Scientific memoirs by medical officers of the Army of India - Part XII,
Year: 1901
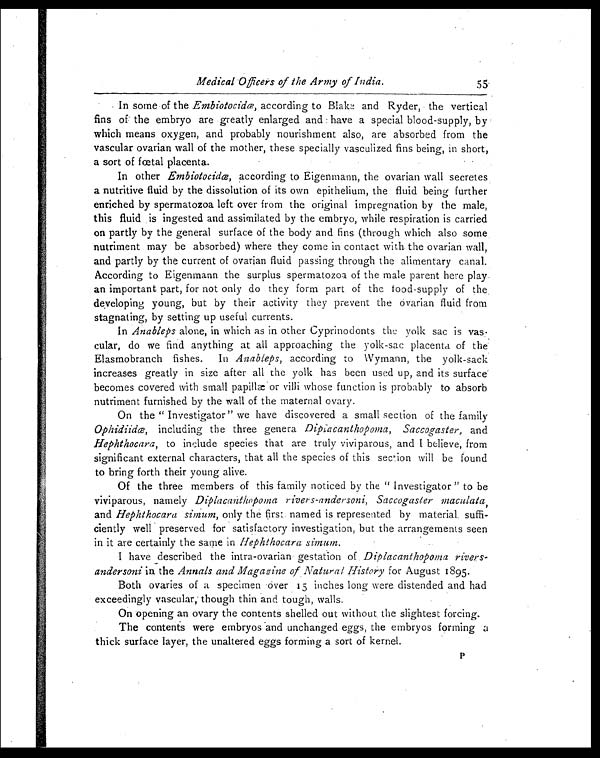
Medical Officers of the Army of India.
55
In some of the Embiotocidœ, according to Blake and Ryder, the vertical
fins of the embryo are greatly enlarged and have a special blood-supply, by
which means oxygen, and probably nourishment also, are absorbed from the
vascular ovarian wall of the mother, these specially vasculized fins being, in short,
a sort of fœtal placenta.
In other Embiotocidœ, according to Eigenmann, the ovarian wall -secretes
a nutritive fluid by the dissolution of its own epithelium, the fluid being further
enriched by spermatozoa left over from the original impregnation by the male,
this fluid is ingested and assimilated by the embryo, while respiration is carried
on partly by the general surface of the body and fins (through which also some
nutriment may be absorbed) where they come in contact with the ovarian wall,
and partly by the current of ovarian fluid passing through the alimentary canal.
According to Eigenmann the surplus spermatozoa of the male parent here play
an important part, for not only do they form part of the food-supply of the
developing young, but by their activity they prevent the ovarian fluid from
stagnating, by setting up useful currents.
In Anableps alone, in which as in other Cyprinodonts the yolk sac is vas
-cular, do we find anything at all approaching the yolk-sac placenta of the
Elasmobranch fishes. In Anableps, according to Wymann, the yolk-sack
increases greatly in size after all the yolk has been used up, and its surface
becomes covered with small papillæ or villi whose function is probably to absorb
nutriment furnished by the wall of the maternal ovary.
On the " Investigator" we have discovered a small section of the family
Ophidiidœ, including the three genera Dipiacanthopoma, Saccogaster, and
Hephthocara, to include species that are truly viviparous, and I believe, from
significant external characters, that all the species of this section will be found
to bring forth their young alive.
Of the three members of this family noticed by the " Investigator " to be
viviparous, namely Diplacanthopoma rivers-andersoni, Saccogaster maculata,
and Hephthocara simum, only the first named is represented by material suffi-
ciently well preserved for satisfactory investigation, but the arrangements seen
in it are certainly the same in Hephthocara simum.
I have described the intra-ovarian gestation of Diplacanthopoma
r i v e r s -
a n d e r s o n i ,
i n t h e
A n n a l s a n d M a g a z i n e o f N a t u r a l H i s t o r yf
o r A u g u s t 1 8 9 5 .
Both ovaries of a specimen over 15 inches long were distended and had
exceedingly vascular, though thin and tough, walls.
On opening an ovary the contents shelled out without the slightest forcing.
The contents were embryos and unchanged eggs, the embryos forming a
thick surface layer, the unaltered eggs forming a sort of kernel.
P